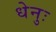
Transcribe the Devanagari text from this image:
धेनुः